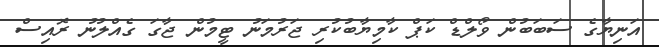
އަނިޔާގެ ސަބަބުން ވޯލްޑް ކަޕް ކާމިޔާބުކުރި ޖަރުމަނު ޓީމުން ޖާގަ ގެއްލުނު ރޮއިސް